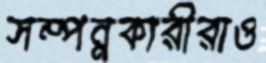
সম্পন্নকারীরাও